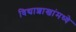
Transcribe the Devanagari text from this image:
विद्याशाखांमध्ये